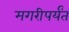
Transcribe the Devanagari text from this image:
मगरीपर्यंत